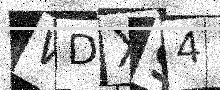
Text: WDX94L